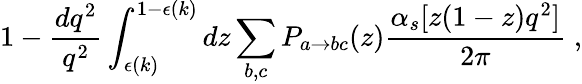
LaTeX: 1-\frac{dq^{2}}{q^{2}}\int_{\epsilon(k)}^{1-\epsilon(k)}dz\sum_{b,c}P_{a\rightarrow bc}(z)\frac{\alpha_{s}[z(1-z)q^{2}]}{2\pi}\; ,